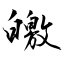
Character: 皦